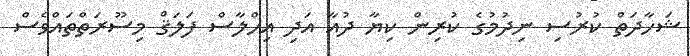
ޝަހާދަތް ކުރުސި ނިދުމުގެ ކުރިން ކިޔާ ދުއާ އަދި އިހްލާސް ފަލަޤް މިސޫރަތްތައްވެސް